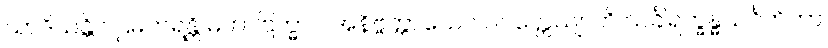
သာဒိယန္တိ ပဌမတရန္တိ မဟာဗြဟ္မာပိ အနိဗ္ဗတ္တာယေဝ ပဝတ္တေယျာတိ သင်္ခါရက္ခန္ဓသင်္ဂဟိတာ